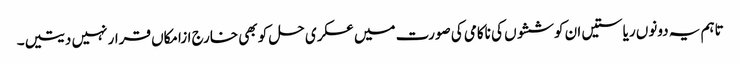
تاہم یہ دونوں ریاستیں ان کوششوں کی ناکامی کی صورت میں عسکری حل کو بھی خارج ازامکاں قرار نہیں دیتیں۔